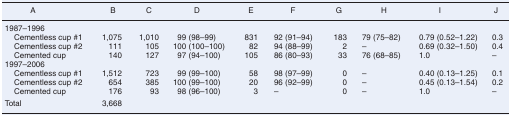
| A | B | C | D | E | F | G | H | I | J |
 | --- | --- | --- | --- | --- | --- | --- | --- | --- | --- |
 | <COLSPAN=10> 1987–1996 |
 | Cementless cup #1 | 1,075 | 1,010 | 99 (98–99) | 831 | 92 (91–94) | 183 | 79 (75–82) | 0.79 (0.52–1.22) | 0.3 |
 | Cementless cup #2 | 111 | 105 | 100 (100–100) | 82 | 94 (88–99) | 2 | – | 0.69 (0.32–1.50) | 0.4 |
 | Cemented cup | 140 | 127 | 97 (94–100) | 105 | 86 (80–93) | 33 | 76 (68–85) | 1.0 | – |
 | <COLSPAN=10> 1997–2006 |
 | Cementless cup #1 | 1,512 | 723 | 99 (99–100) | 58 | 98 (97–99) | 0 | – | 0.40 (0.13–1.25) | 0.1 |
 | Cementless cup #2 | 654 | 385 | 100 (99–100) | 20 | 96 (92–99) | 0 | – | 0.45 (0.13–1.54) | 0.2 |
 | Cemented cup | 176 | 93 | 98 (96–100) | 3 | – | 0 | – | 1.0 | – |
 | Total | 3,668 |  |  |  |  |  |  |  |  |